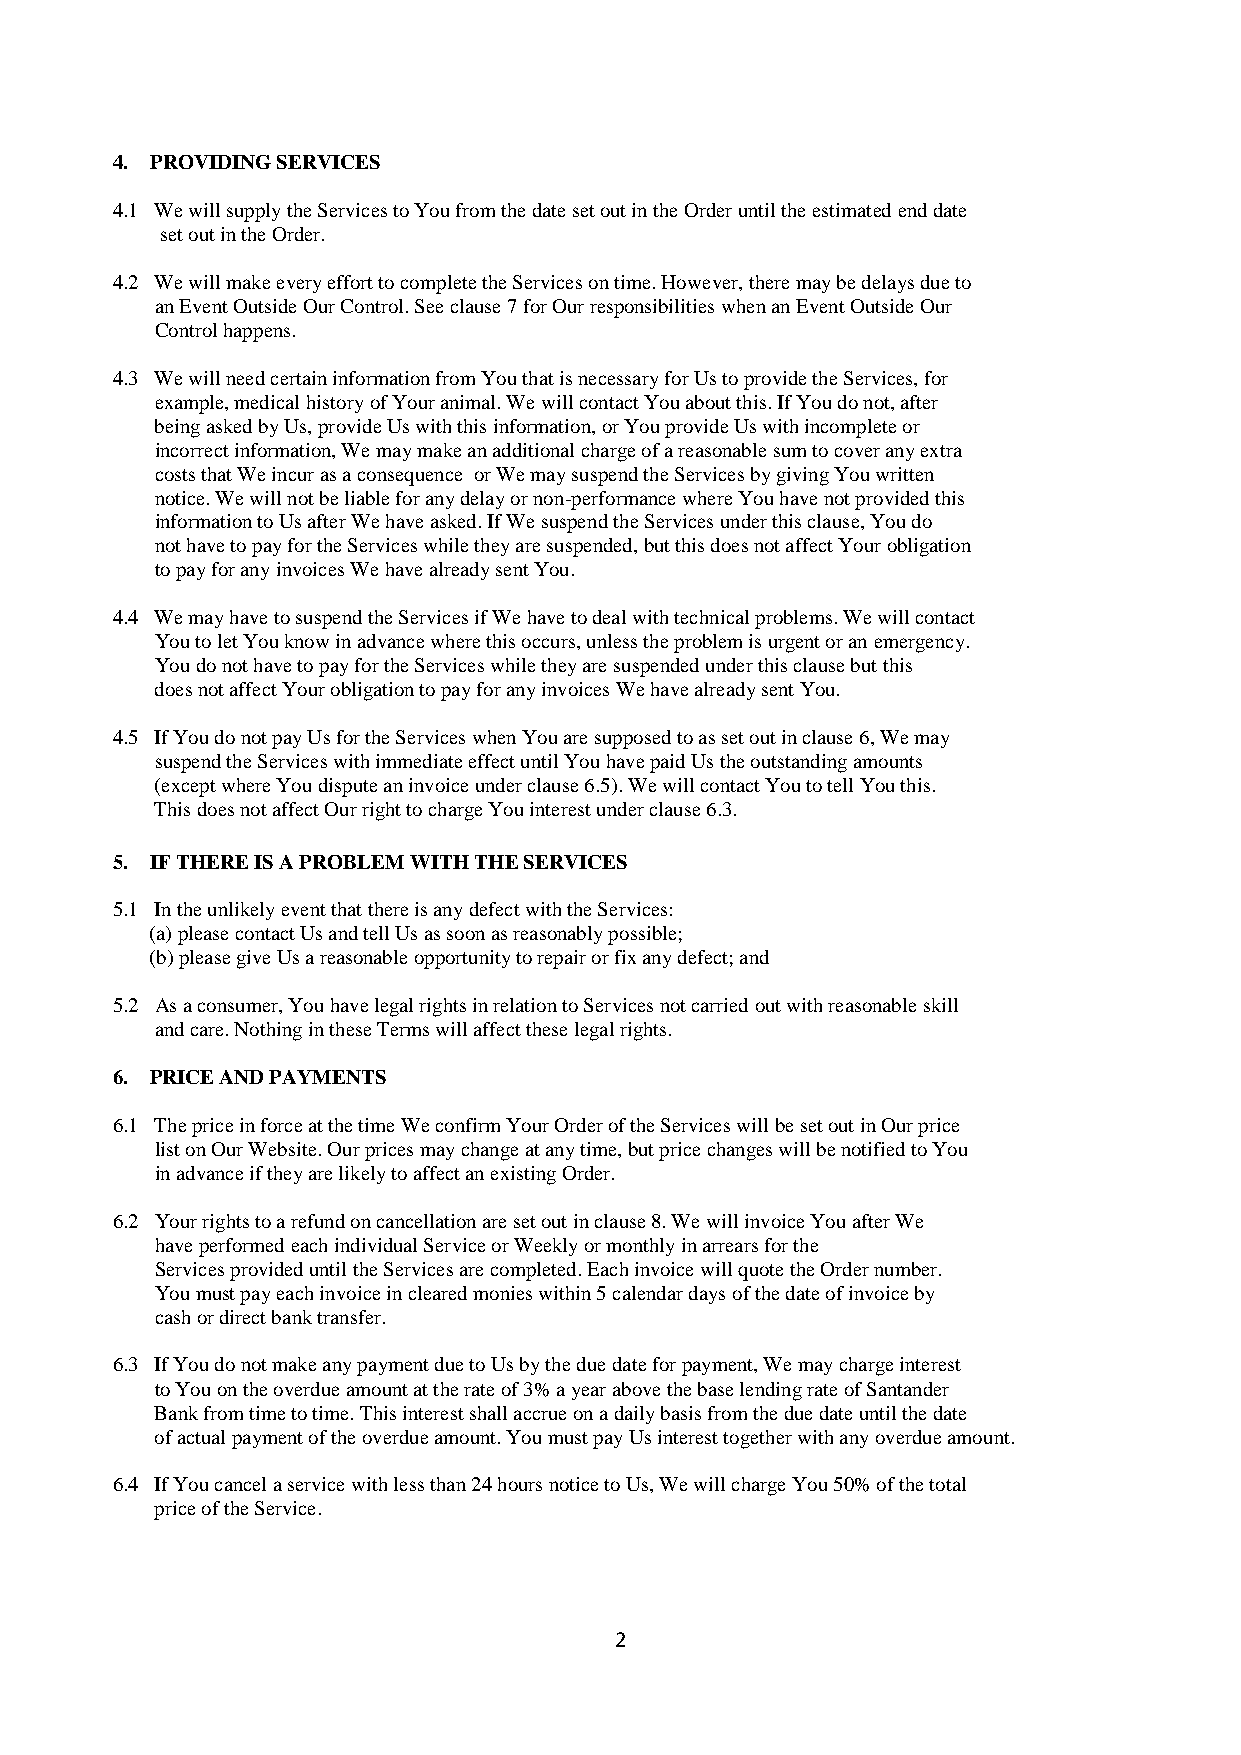
4. PROVIDING SERVICES
 4.1 We will supply the Services to You from the date set out in the Order until the estimated end date
 set out in the Order.
 4.2 We will make every effort to complete the Services on time. However, there may be delays due to
 an Event Outside Our Control. See clause 7 for Our responsibilities when an Event Outside Our
 Control happens.
 4.3 We will need certain information from You that is necessary for Us to provide the Services, for
 example, medical history of Your animal. We will contact You about this. If You do not, after
 being asked by Us, provide Us with this information, or You provide Us with incomplete or
 incorrect information, We may make an additional charge of a reasonable sum to cover any extra
 costs that We incur as a consequence or We may suspend the Services by giving You written
 notice. We will not be liable for any delay or non-performance where You have not provided this
 information to Us after We have asked. If We suspend the Services under this clause, You do
 not have to pay for the Services while they are suspended, but this does not affect Your obligation
 to pay for any invoices We have already sent You.
 4.4 We may have to suspend the Services if We have to deal with technical problems. We will contact
 You to let You know in advance where this occurs, unless the problem is urgent or an emergency.
 You do not have to pay for the Services while they are suspended under this clause but this
 does not affect Your obligation to pay for any invoices We have already sent You.
 4.5 If You do not pay Us for the Services when You are supposed to as set out in clause 6, We may
 suspend the Services with immediate effect until You have paid Us the outstanding amounts
 (except where You dispute an invoice under clause 6.5). We will contact You to tell You this.
 This does not affect Our right to charge You interest under clause 6.3.
 5. IF THERE IS A PROBLEM WITH THE SERVICES
 5.1 In the unlikely event that there is any defect with the Services:
 (a) please contact Us and tell Us as soon as reasonably possible;
 (b) please give Us a reasonable opportunity to repair or fix any defect; and
 5.2 As a consumer, You have legal rights in relation to Services not carried out with reasonable skill
 and care. Nothing in these Terms will affect these legal rights.
 6. PRICE AND PAYMENTS
 6.1 The price in force at the time We confirm Your Order of the Services will be set out in Our price
 list on Our Website. Our prices may change at any time, but price changes will be notified to You
 in advance if they are likely to affect an existing Order.
 6.2 Your rights to a refund on cancellation are set out in clause 8. We will invoice You after We
 have performed each individual Service or Weekly or monthly in arrears for the
 Services provided until the Services are completed. Each invoice will quote the Order number.
 You must pay each invoice in cleared monies within 5 calendar days of the date of invoice by
 cash or direct bank transfer.
 6.3 If You do not make any payment due to Us by the due date for payment, We may charge interest
 to You on the overdue amount at the rate of 3% a year above the base lending rate of Santander
 Bank from time to time. This interest shall accrue on a daily basis from the due date until the date
 of actual payment of the overdue amount. You must pay Us interest together with any overdue amount.
 6.4 If You cancel a service with less than 24 hours notice to Us, We will charge You 50% of the total
 price of the Service.
 2